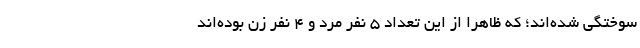
سوختگی شده‌اند؛ که ظاهراً از این تعداد ۵ نفر مرد و ۴ نفر زن بوده‌اند